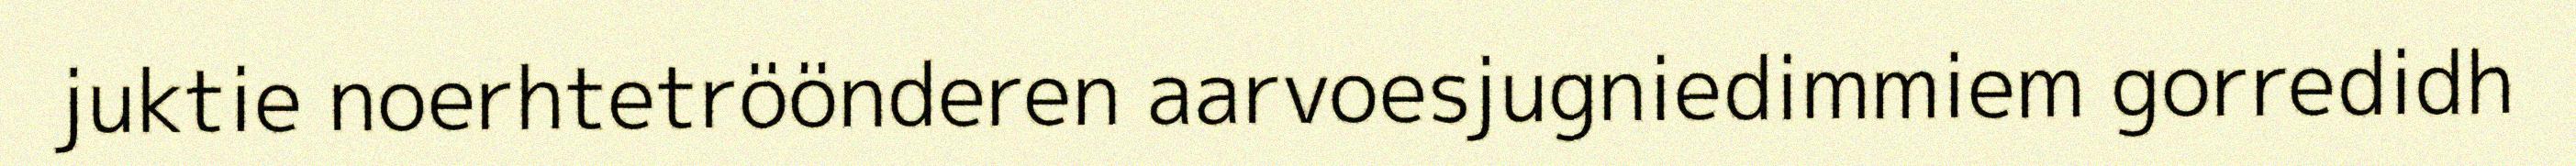
juktie noerhtetröönderen aarvoesjugniedimmiem gorredidh